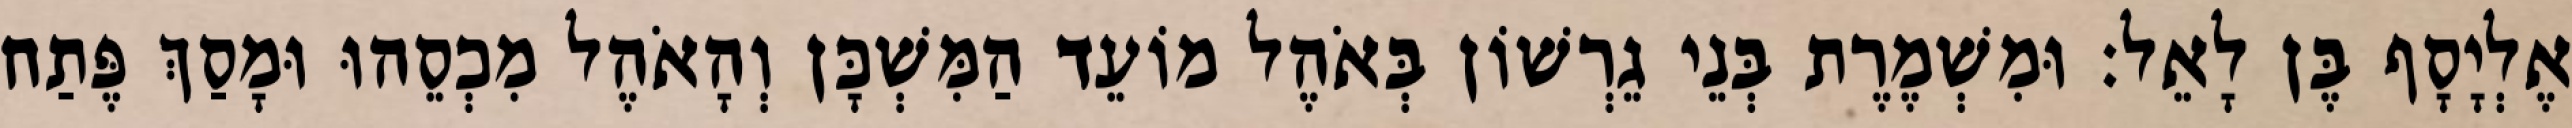
אֶלְיָסָף בֶּן לָאֵל׃ וּמִשְׁמֶרֶת בְּנֵי גֵרְשׁוֹן בְּאֹהֶל מוֹעֵד הַמִּשְׁכָּן וְהָאֹהֶל מִכְסֵהוּ וּמָסַךְ פֶּתַח